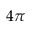
4 \pi